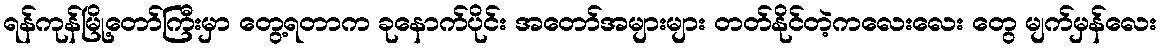
ရန်ကုန်မြို့တော်ကြီးမှာ တွေ့ရတာက ခုနောက်ပိုင်း အတော်အများများ တတ်နိုင်တဲ့ကလေးလေး တွေ မျက်မှန်လေး